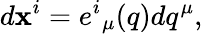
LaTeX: d\mathbf{x}^{i}=e^{i}{}_{\mu}(q)dq^{\mu},